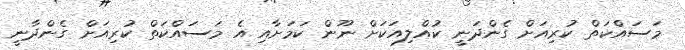
މަސައްކަތް ކުރިއަށް ގެންދަނީ ކުއްލިއަކަށް ނޫން ކަމަށާއި އެ މަސައްކަތް ކުރިއަށް ގެންދާނީ